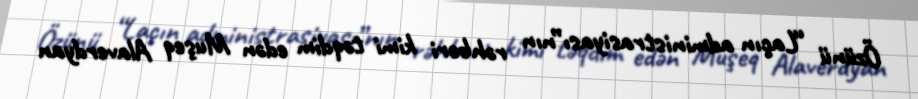
Özünü “Laçın administrasiyası”nın rəhbəri kimi təqdim edən Muşeq Alaverdyan